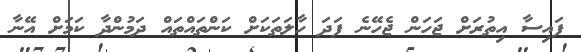
ފައިސާ އިތުރަށް ޖަހަން ޖެހޭނެ ފަދަ ހާލަތަކަށް ކަންތައްތައް ދަމުންދާ ކަމަށް އޭނާ